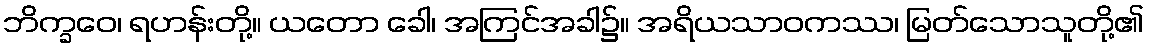
ဘိက္ခဝေ၊ ရဟန်းတို့။ ယတော ခေါ၊ အကြင်အခါ၌။ အရိယသာဝကဿ၊ မြတ်သောသူတို့၏